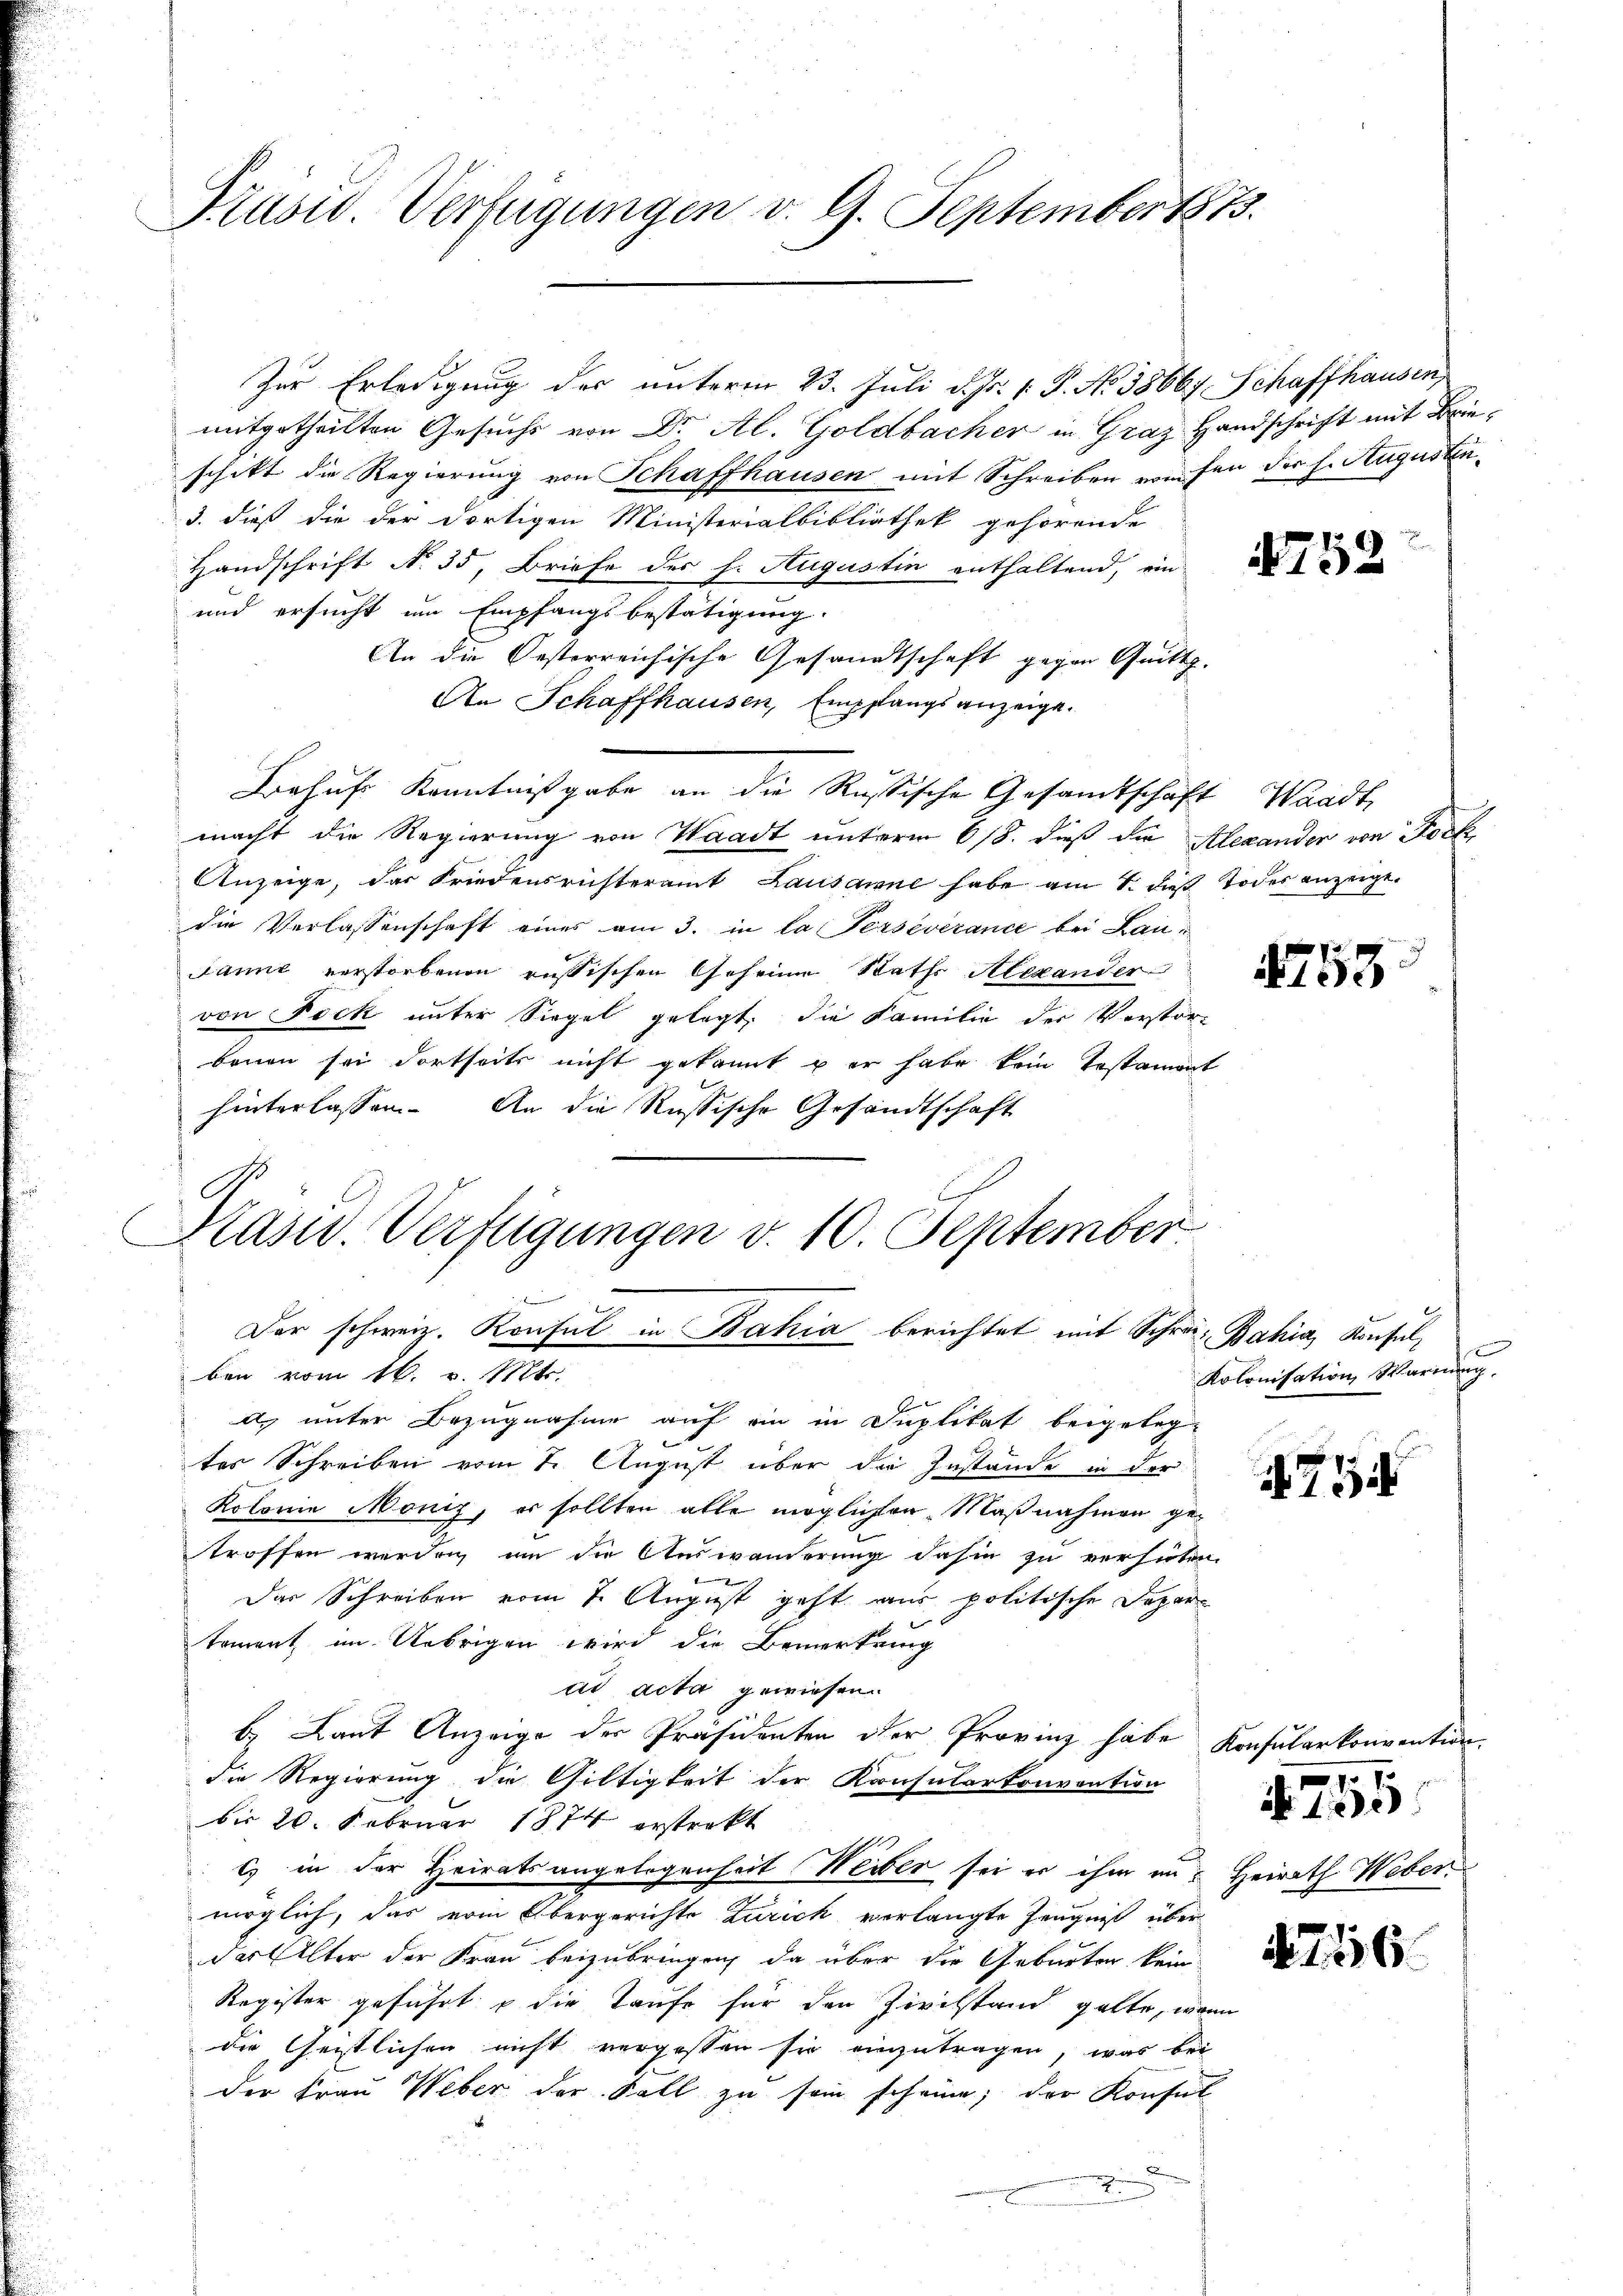
Präsid. Verfügungen v. 9. September 1873.

Zur Erledigung des unterm 23. Juli d. Js. v. P. No 38667 Schaffhausen,
mitgetheilten Gesuchs von Dr. Al. Goldbacher in Graz Handschrift mit Brieschikt die Regierung von Schaffhausen mit Schreiben raufen der h. Augusten¬
3. dieß die der dortigen Ministerialbibliothek gehörende
Handschrift No. 35, Briefe des h. Augustin enthaltend, ein
und ersucht um Empfangsbestätigung.
An die Oesterreichische Gesandtschaft gegen Quitt.
An Schaffhausen, Empfangsanzeige.
Behufs Kenntnißgabe an die Rustische Gesamtschaft Waadt
macht die Regierung von Waadt unterm 6/8. dieß die Alexander von Pock,
Anzeige, das Friedensrichteramt Lausanne habe am 1. daß Todes anzeigt.
die Verlassenschaft eines am 3. in la Perseverand bei Landanie verstorbenen russischen Geheine Raths Alexander
von Bock unter Siegel gelegt, die Familie der Verstorbruen sei dortseits nicht gekannt u er habe kein Testament
hinterlassen. An die Russische Gesandtschaft
Der schweiz. Konsul in Bahia berichtet mit Schrei-Bahia, Konsulben vom 16. v. Mts.
as unter Bezugnahme auf ein in Duplikat beigeleg¬

tes Schreiben vom 1. August über die Instande in der
Kolonie Monig, es sollten alle möglichen Maßnahmen getroffen werden, um die Auswanderung dahin zu verhüten.

Der Schreiben vom 7. August geht aus politische Departement im Uebrigen wird die Bemerkung
ad acta gewiesen.
b. Laut Anzeige der Präsidenten der Provinz habe
die Regierung die Giltigkeit der Konsularkonvention
bis 20. Februar 1874 erstrakt
c) in der Heiratsangelegenheit Weiber sei er ihm in Heirath Weber
möglich, das vom Obergerichte Zürich verlangte Zeugniß über
der Alter der Frau beizubringen, da über die Geburter kein
Register geführt die Taufe für den Zivilstand gelte, wenn
die Geistlichen nicht vergessen sie einzutragen, was bei
der Frau Weber der Fall zu sein scheine; der Konsul-
.
n

Prasw. Verfügungen v. 10. September

1752

d

4753

s
Kolonisation Warnung,

755

Konsularkonvention.

.
N 135

216